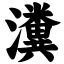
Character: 瀵